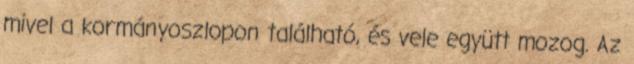
mivel a kormányoszlopon található, és vele együtt mozog. Az